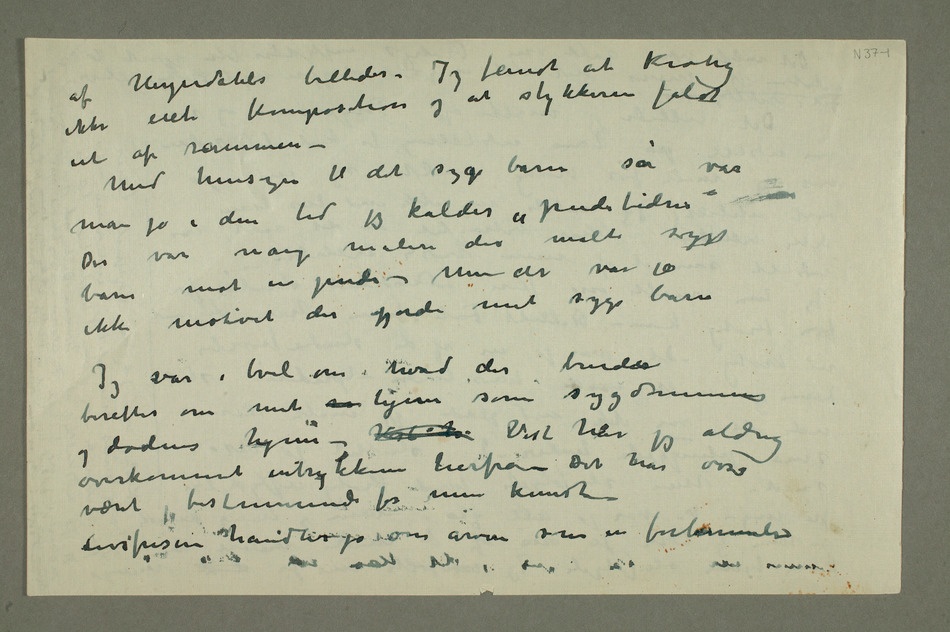
af Heyerdahls billeder. Jeg fandt at Krohg
ikke eiet komposition og at stykkerne faldt
ut af rammen –
Med hensyn til det syge barn så var
man jo i den tid jeg kalder «pudetiden» Der var mange
malere der malte syge
barn mot en pude – men det var jo
ikke motivet der gjorde mitt syge barn
beretter om mit  hjem som sygdommens
og dødens hjem – Vist h Vist har jeg aldrig
været bestemmende for min kunst